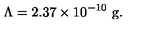
\Lambda = 2 . 3 7 \times 1 0 ^ { - 1 0 } \ \mathrm { g } .